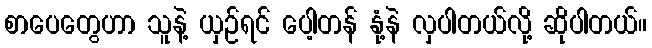
စာပေတွေဟာ သူနဲ့ ယှဉ်ရင် ပေါ့တန် နုံ့နဲ လှပါတယ်လို့ ဆိုပါတယ်။